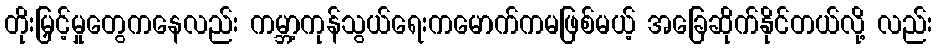
တိုးမြှင့်မှုတွေကနေလည်း ကမ္ဘာ့ကုန်သွယ်ရေးကမောက်ကမဖြစ်မယ့် အခြေဆိုက်နိုင်တယ်လို့ လည်း